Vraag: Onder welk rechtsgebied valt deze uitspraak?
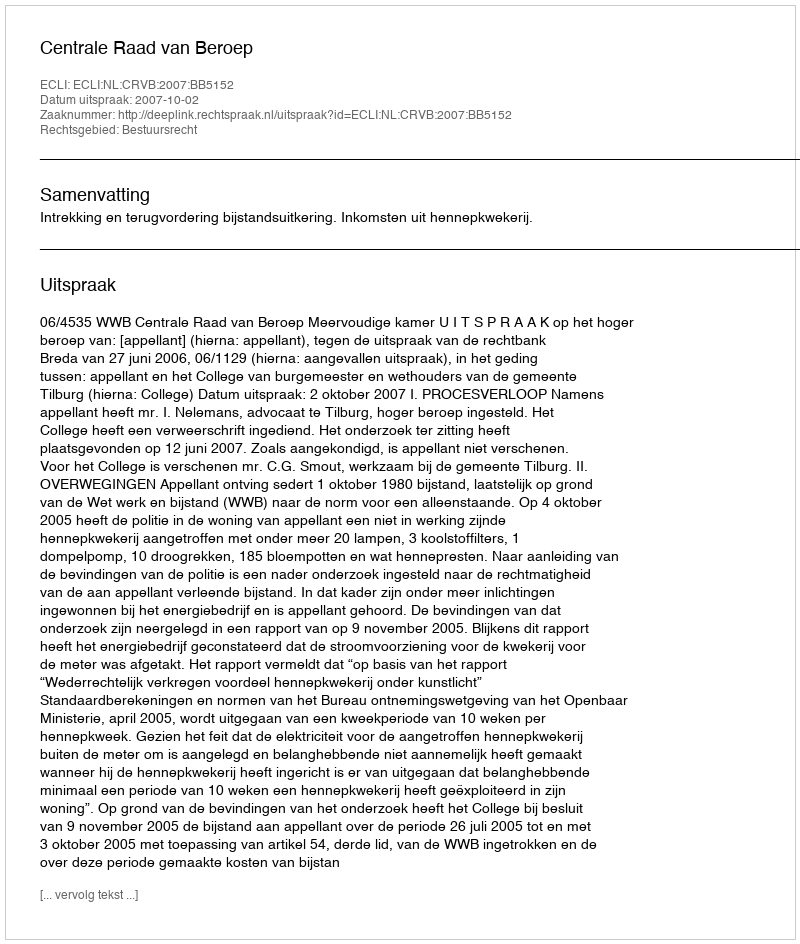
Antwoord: Bestuursrecht